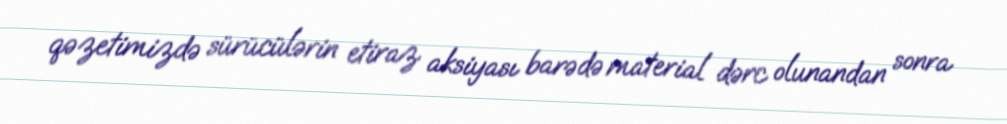
qəzetimizdə sürücülərin etiraz aksiyası barədə material dərc olunandan sonra